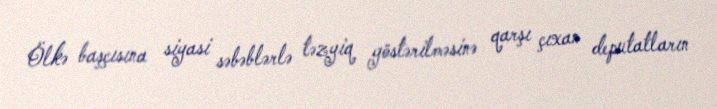
Ölkə başçısına siyasi səbəblərlə təzyiq göstərilməsinə qarşı çıxan deputatların